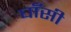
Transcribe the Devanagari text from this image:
घाँसी